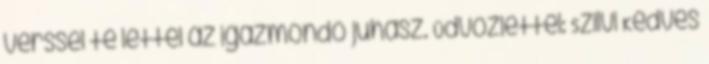
verssel te lettél az igazmondó juhász. Üdvözlettel: Szilvi Kedves